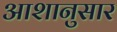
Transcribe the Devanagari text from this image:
आशानुसार